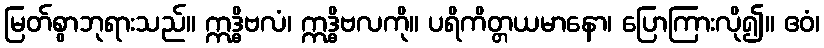
မြတ်စွာဘုရားသည်။ ဣဒ္ဓိဗလံ၊ ဣဒ္ဓိဗလကို။ ပရိကိတ္တယမာနော၊ ပြောကြားလို၍။ ဧဝံ၊